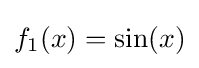
f_{1}(x)=\sin(x)